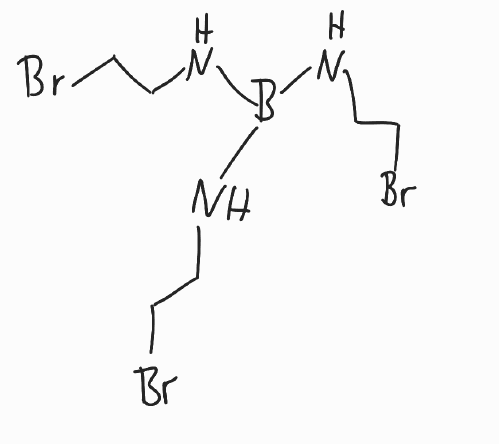
Simplified molecular-input line-entry system (SMILES) notation of the given molecule:
B(NCCBr)(NCCBr)NCCBr